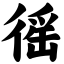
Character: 徭